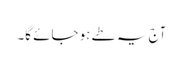
آج یہ طے ہو جائے گا۔